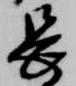
長